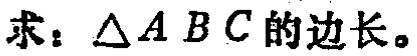
求：\(\triangle ABC\)的边长。